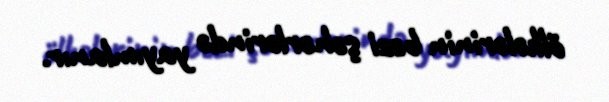
ölkələrinin bəzi şəhərlərində yayımlanır.